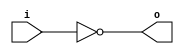
module invert (input wire i, output wire o);
  assign o = !i;
endmodule

module and2 (input wire i0, i1, output wire o);
  assign o = i0 & i1;
endmodule

module or2 (input wire i0, i1, output wire o);
  assign o = i0 | i1;
endmodule

module or3 (input wire i0, i1, i2, output wire o);
  wire t;
  or2 or2_0 (i0, i1, t);
  or2 or2_1 (i2, t, o);
endmodule

module xor2 (input wire i0, i1, output wire o);
  assign o = i0 ^ i1;
endmodule

module xor3 (input wire i0, i1, i2, output wire o);
  wire t;
  xor2 xor2_0 (i0, i1, t);
  xor2 xor2_1 (i2, t, o);
endmodule

module mux2 (input wire i0, i1, j, output wire o);
  assign o = (j==0)?i0:i1;
endmodule

module df (input wire clk, in, output wire out);
  reg df_out;
  always@(posedge clk) df_out <= in;
  assign out = df_out;
endmodule

module dfr (input wire clk, reset, in, output wire out);
  wire reset_, df_in;
  invert invert_0 (reset, reset_);
  and2 and2_0 (in, reset_, df_in);
  df df_0 (clk, df_in, out);
endmodule

module dfrl (input wire clk, reset, load, in, output wire out);
wire _in;
  mux2 mux2_0(out, in, load, _in);
  dfr dfr_1(clk, reset, _in, out);
endmodule

module fulladder (input wire i0, i1, cin, output wire sum, cout); // 1 bit full adder
wire t0, t1, t2;
  xor3 _i0 (i0, i1, cin, sum);
  and2 _i1 (i0, i1, t0);
  and2 _i2 (i1, cin, t1);
  and2 _i3 (cin, i0, t2);
  or3 _i4 (t0, t1, t2, cout);
endmodule